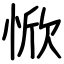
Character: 惞